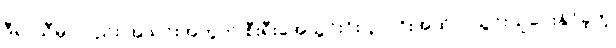
ဒီရာသီမှာလည်း အသင်းအတွက် စီးရီးအေသွင်းဂိုး(၃၁)ဂိုးအထိပါ သွင်းယူပေးနိုင်ခဲ့တဲ့